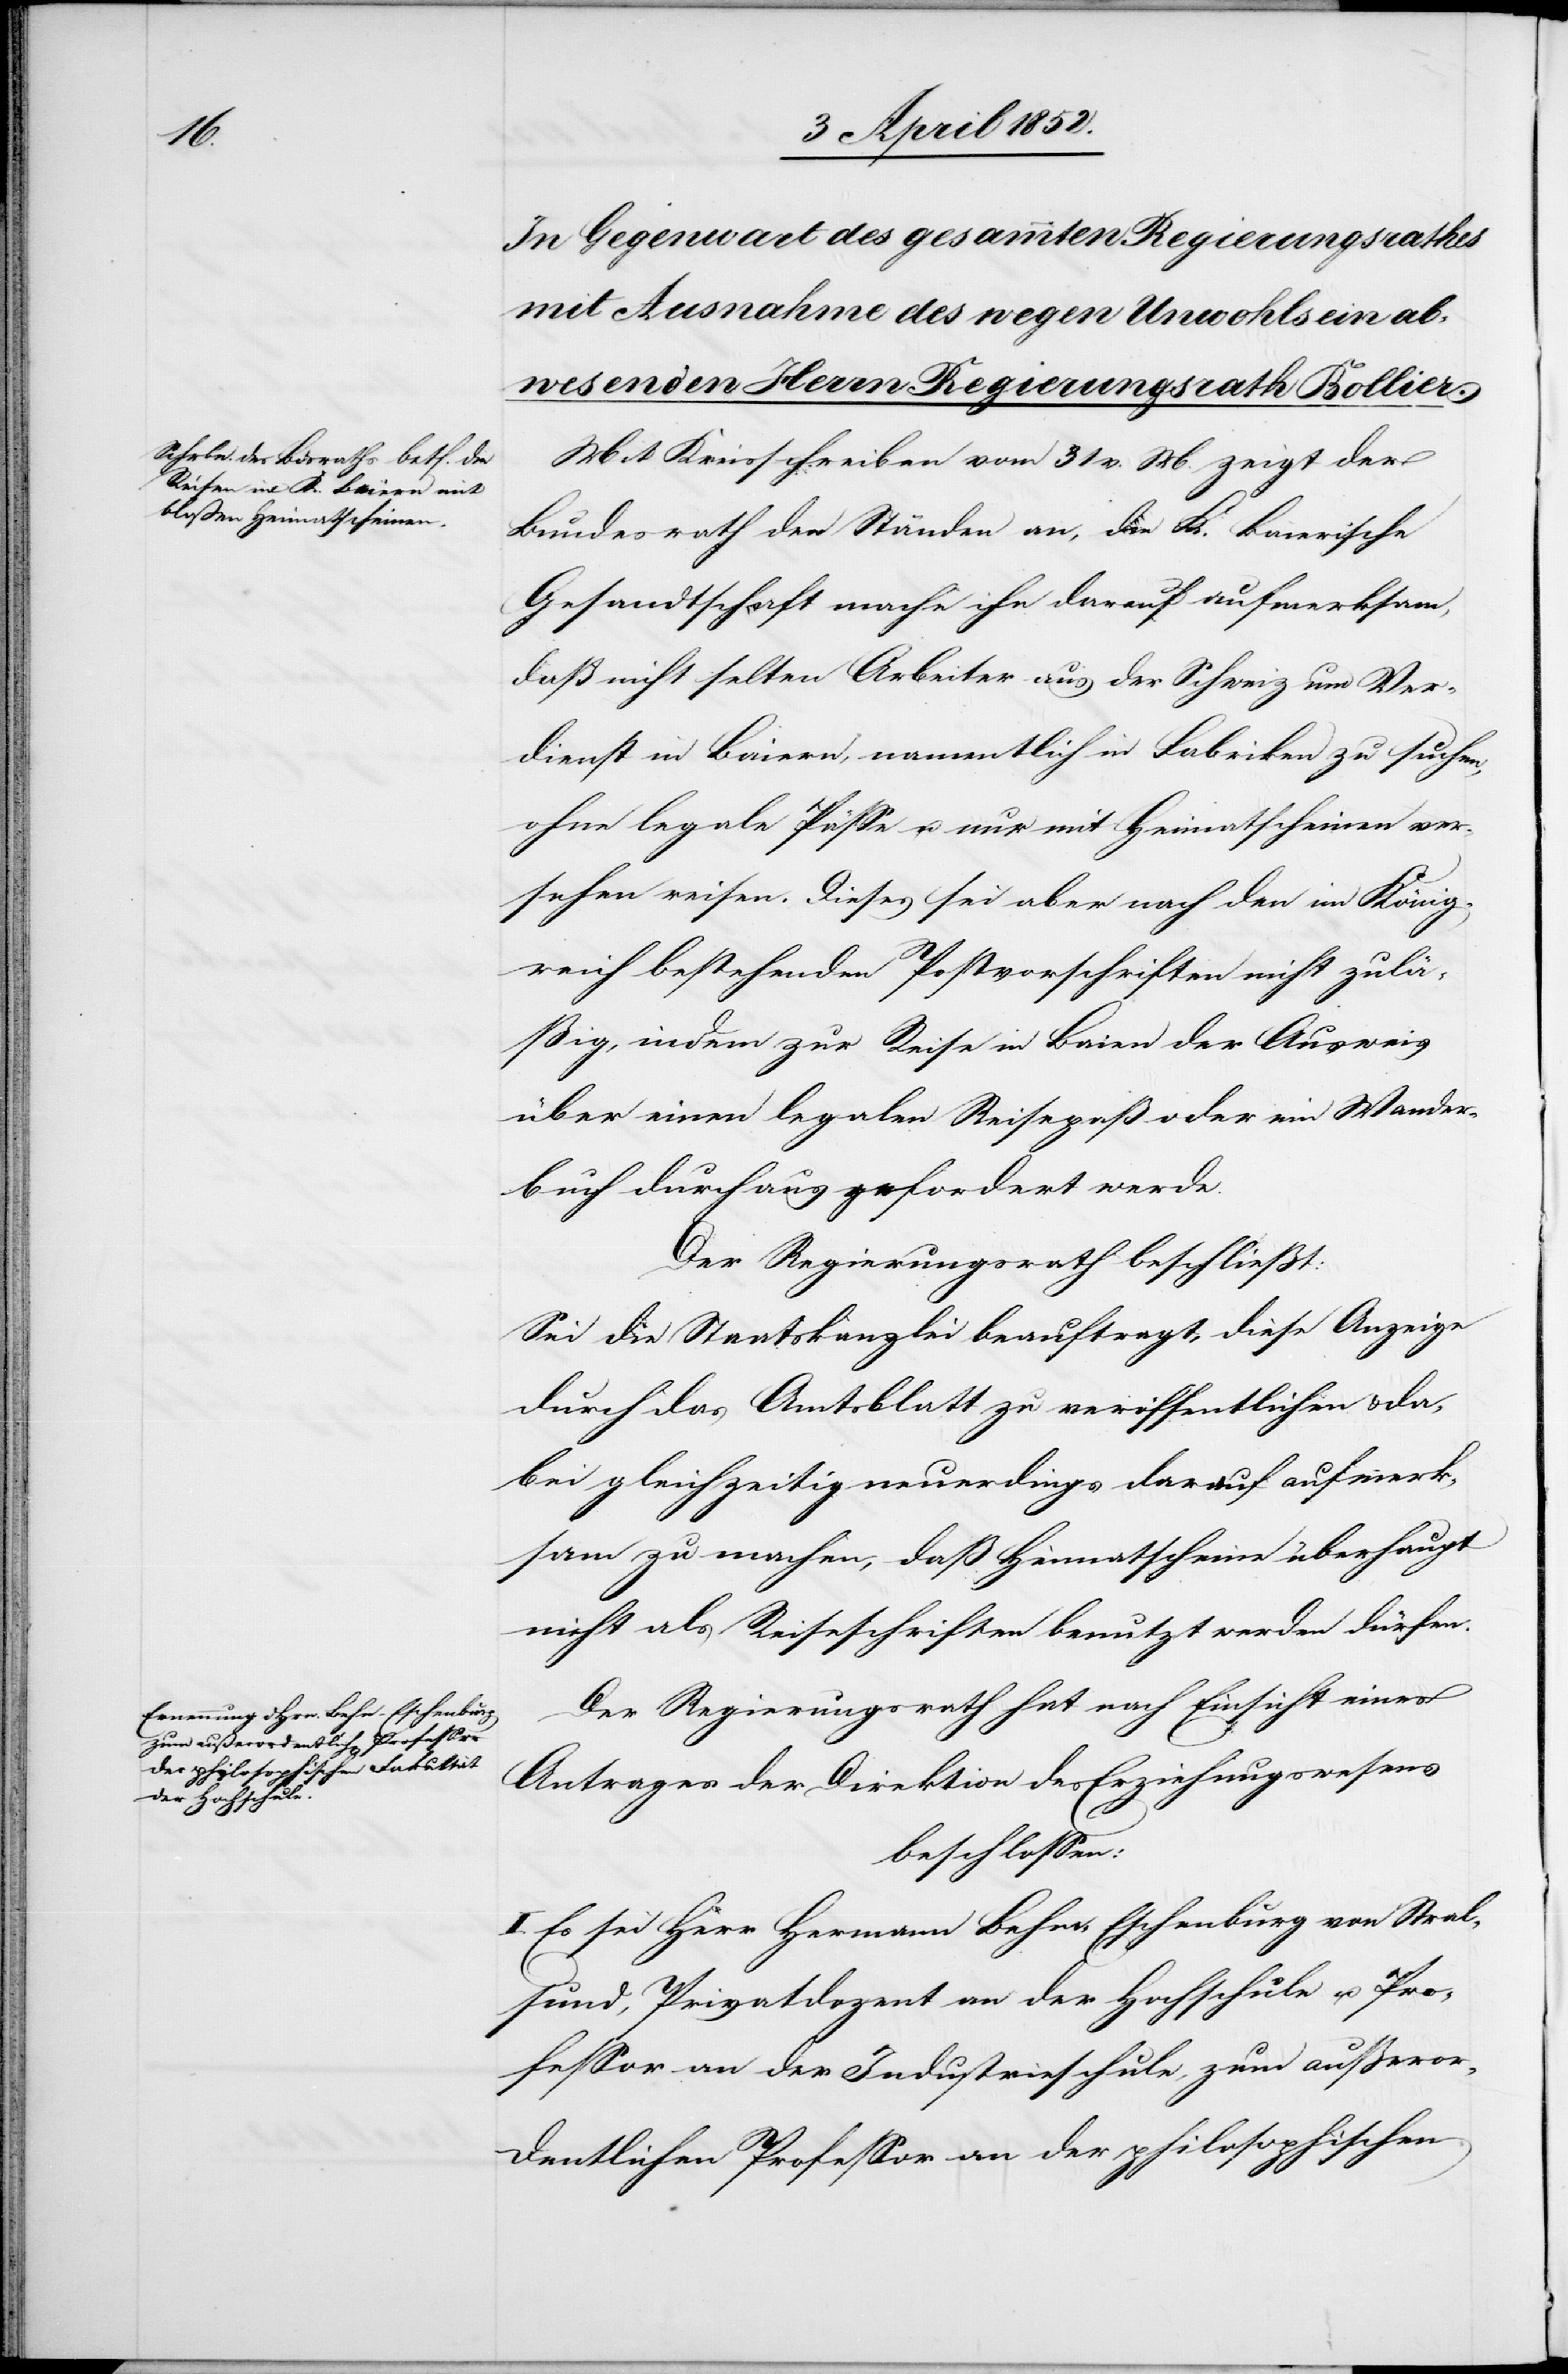
Mit Kreisschreiben vom 31 v. M. zeigt der
Bundesrath den Ständen an, die K. Baierische
Gesandtschaft mache ihn darauf aufmerksam,
daß nicht selten Arbeiter aus der Schweiz um Ver¬
dienst in Baiern, namentlich in Fabriken zu suchen,
ohne legale Pässe u. nur mit Heimatscheinen ver¬
sehen reisen. Dieses sei aber nach den im König¬
reich bestehenden Postvorschriften nicht zulä¬
ßig, indem zur Reise in Baie[r]n der Ausweis
über einen legalen Reisepaß oder ein Wander¬
buch durchaus gefordert werde.
Der Regierungsrath beschließt:
Sei die Staatskanzlei beauftragt, diese Anzeige
durch das Amtsblatt zu veröffentlichen & da¬
bei gleichzeitig neuerdings darauf aufmerk¬
sam zu machen, daß Heimatscheine überhaupt
nicht als Reiseschriften benutzt werden dürfen.
Der Regierungsrath hat nach Einsicht eines
Antrages der Direktion des Erziehungswesens
beschlossen:
Es sei Herr Hermann Behn-Eschenburg von Stral¬
sund, Privatdozent an der Hochschule u. Pro¬
fessor an der Industrieschule, zum außeror¬
dentlichen Professor an der philosophischen